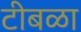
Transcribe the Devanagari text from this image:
टीबळा